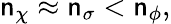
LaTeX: \mathsf{n}_{\chi}\approx\mathsf{n}_{\sigma}<\mathsf{n}_{\phi},